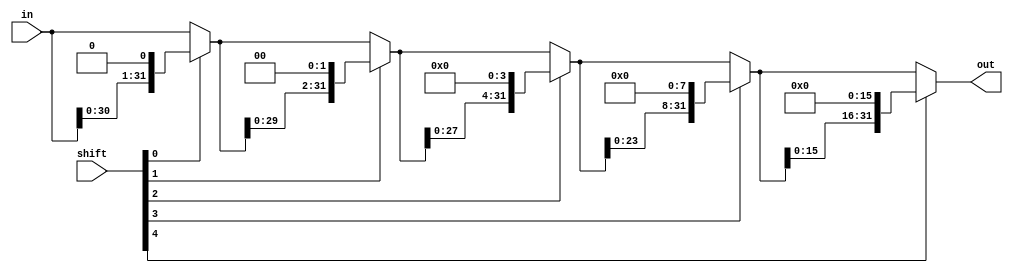
module x_lshift(in, shift, out);
	input [31:0] in;
	input [4:0] shift;
	output [31:0] out;
	
	wire [31:0] w0, w1, w2, w3, w4;
	wire [31:0] result0, result1, result2, result3;
	
	assign w0 = in << 1;
	assign result0 = shift[0] ? w0 : in;
	
	assign w1 = result0 << 2;
	assign result1 = shift[1] ? w1 : result0;
	
	assign w2 = result1 << 4;
	assign result2 = shift[2] ? w2 : result1;
	
	assign w3 = result2 << 8;
	assign result3 = shift[3] ? w3 : result2;
	
	assign w4 = result3 << 16;
	assign out = shift[4] ? w4 : result3;
	
	
endmodule